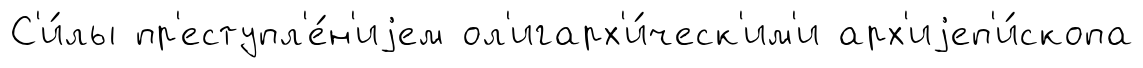
С'и́лы пр'еступл'е́н'иjем ол'игарх'и́ческ'им'и арх'иjеп'и́скопа